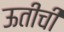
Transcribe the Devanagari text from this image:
ऊतीची